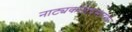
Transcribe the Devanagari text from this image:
नाट्यकलाप्रसारक